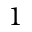
1